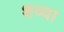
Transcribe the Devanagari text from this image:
शव्या